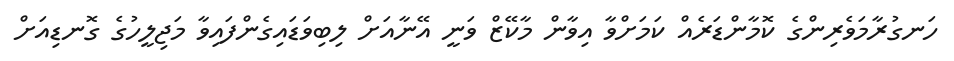
ހަނގުރާމަވެރިންގެ ކޮމާންޑަރެއް ކަމަށްވާ އިވާން މާކޭޒް ވަނީ އޭނާއަށް ލިބިވަޑައިގެންފައިވާ މަޖިލީހުގެ ގޮނޑިއަށް